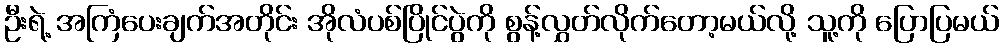
ဦးရဲ့ အကြံပေးချက်အတိုင်း အိုလံပစ်ပြိုင်ပွဲကို စွန့်လွှတ်လိုက်တော့မယ်လို့ သူ့ကို ပြောပြမယ်